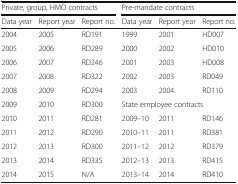
<table><thead><tr><td colspan="3"><b>Private, group, HMO contracts</b></td><td colspan="3"><b>Pre-mandate contracts</b></td></tr><tr><td><b>Data year</b></td><td><b>Report year</b></td><td><b>Report no.</b></td><td><b>Data year</b></td><td><b>Report year</b></td><td><b>Report no.</b></td></tr></thead><tbody><tr><td>2004</td><td>2005</td><td>RD191</td><td>1999</td><td>2001</td><td>HD007</td></tr><tr><td>2005</td><td>2006</td><td>RD289</td><td>2000</td><td>2002</td><td>HD010</td></tr><tr><td>2006</td><td>2007</td><td>RD246</td><td>2001</td><td>2003</td><td>HD008</td></tr><tr><td>2007</td><td>2008</td><td>RD322</td><td>2002</td><td>2003</td><td>RD049</td></tr><tr><td>2008</td><td>2009</td><td>RD294</td><td>2003</td><td>2004</td><td>RD110</td></tr><tr><td>2009</td><td>2010</td><td>RD300</td><td colspan="3">State employee contracts</td></tr><tr><td>2010</td><td>2011</td><td>RD281</td><td>2009–10</td><td>2011</td><td>RD146</td></tr><tr><td>2011</td><td>2012</td><td>RD290</td><td>2010–11</td><td>2011</td><td>RD381</td></tr><tr><td>2012</td><td>2013</td><td>RD300</td><td>2011–12</td><td>2012</td><td>RD379</td></tr><tr><td>2013</td><td>2014</td><td>RD335</td><td>2012–13</td><td>2013</td><td>RD415</td></tr><tr><td>2014</td><td>2015</td><td>N/A</td><td>2013–14</td><td>2014</td><td>RD410</td></tr></tbody></table>